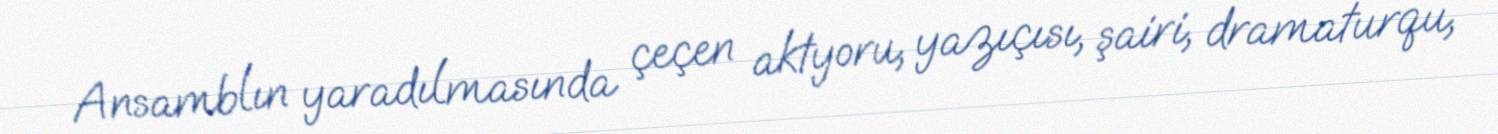
Ansamblın yaradılmasında çeçen aktyoru, yazıçısı, şairi, dramaturqu,